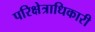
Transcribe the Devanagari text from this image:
परिक्षेत्राधिकारी